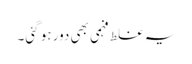
یہ غلط فہمی بھی دور ہو گئی۔